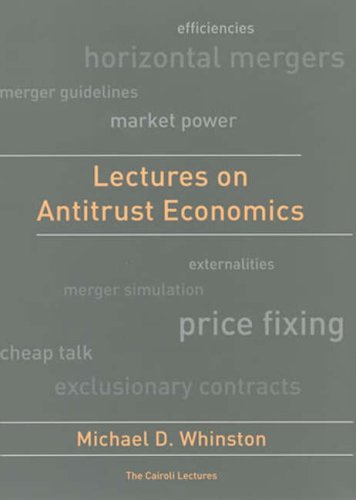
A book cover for Lectures on Antitrust Economics (Cairoli Lectures); Michael D. Whinston; Law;